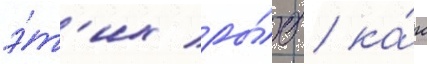
э́т'их ры́б / ка́к